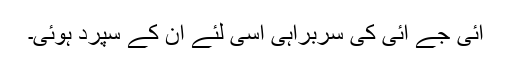
آئی جے آئی کی سربراہی اسی لئے ان کے سپرد ہوئی۔